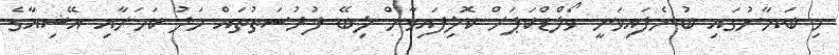
މި ބަޔާނުގައި ބުނެފައިވަނީ ވޯލްޑްކަޕަށް ކޮލިފައިވާން ލިބޭ ފުރުސަތުތައް މަދު ކަމަށާއި އޭޝިއާގެ